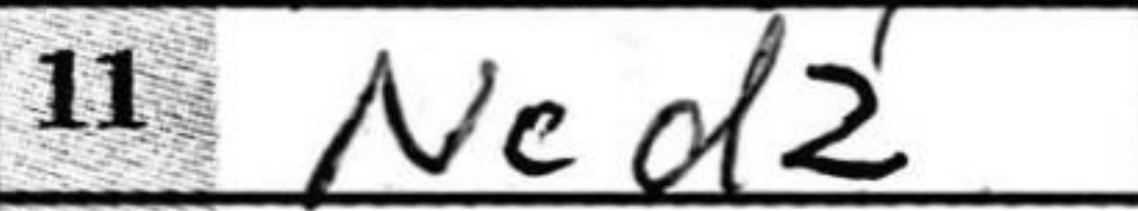
Transcription: Ncd2